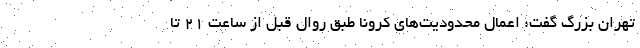
تهران بزرگ گفت: اعمال محدودیت‌های کرونا طبق روال قبل از ساعت ۲۱ تا